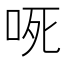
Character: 𭇟